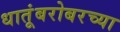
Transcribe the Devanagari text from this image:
धातूंबरोबरच्या